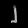
Digit: ၂